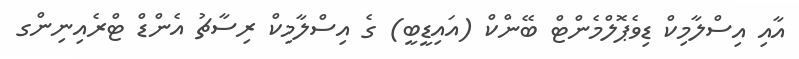
އާއި އިސްލާމިކް ޑިވެޕޮލްމެންޓް ބޭންކް (އައިޑީބީ) ގެ އިސްލާމިކް ރިސާޗު އެންޑް ޓްރެއިނިންގ